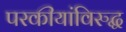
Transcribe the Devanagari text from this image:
परकीयांविरुद्ध